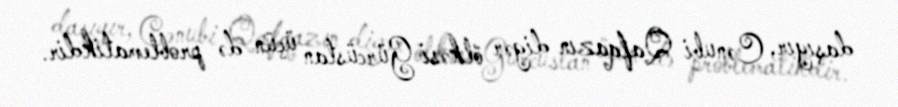
daşıyır, Cənubi Qafqazın digər ölkəsi Gürcüstan üçün də problematikdir.